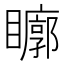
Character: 𱳒